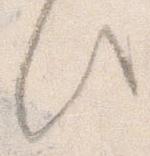
此